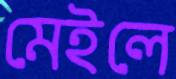
মেইলে